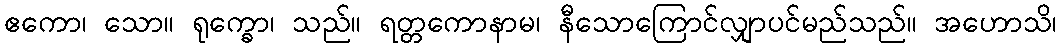
ဧကော၊ သော။ ရုက္ခော၊ သည်။ ရတ္တကောနာမ၊ နီသောကြောင်လျှာပင်မည်သည်။ အဟောသိ၊